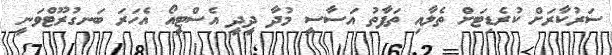
ސަރުކާރަށް ކުރެޑިޓަށް ތެލާއި ތަފާތު އަސާސީ މުދާ ދީދީ އެސްޓީއޯ އެހަރަ ބަނގުރޫޓްވަނީ